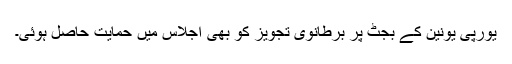
یورپی یونین کے بجٹ پر برطانوی تجویز کو بھی اجلاس میں حمایت حاصل ہوئی۔